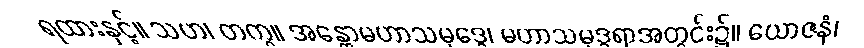
ရထားနှင့်။ သဟ၊ တကွ။ အန္တောမဟာသမုဒ္ဒေ၊ မဟာသမုဒ္ဒရာအတွင်း၌။ ယောဇနံ၊